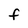
Character: F